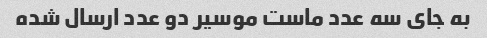
به جای سه عدد ماست موسیر دو عدد ارسال شده